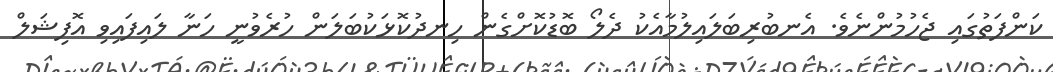
ކަންފަތުގައި ޖެހުމުންނެވެ. އެނބުރިބަލައިލުމާއެކު ދެލޯ ބޮޑުކޮށްގެން ހިނދުކޮޅަކުބަލަން ހުރެވުނީ ހަނާ ލައިފައިވި އޮފިޝަލް